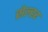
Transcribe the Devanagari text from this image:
सेल्हर